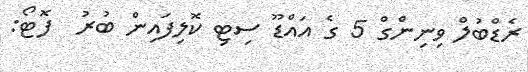
ރެޑްބުލް ވިނިންގް 5 ގެ އައްޑޫ ސިޓި ކޮލިިފައިން ބުރު  ފޮޓޯ: